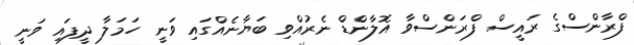
ފްރާންސްގެ ރައީސް ފްރަންސްވާ އޮލާންޑް ނެރުއްވި ބަޔާނެއްގައި ވަނީ ހަމަލާ ދީފައި ވަނީ